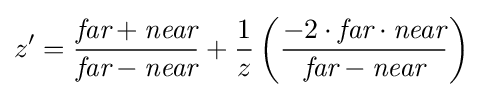
z'={\frac {{\textit {far}}+{\textit {near}}}{{\textit {far}}-{\textit {near}}}}+{\frac {1}{z}}\left({\frac {-2\cdot {\textit {far}}\cdot {\textit {near}}}{{\textit {far}}-{\textit {near}}}}\right)